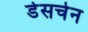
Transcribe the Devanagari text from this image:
डेसचेन